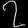
Digit: ၇